Annual report of the Camel Specialist
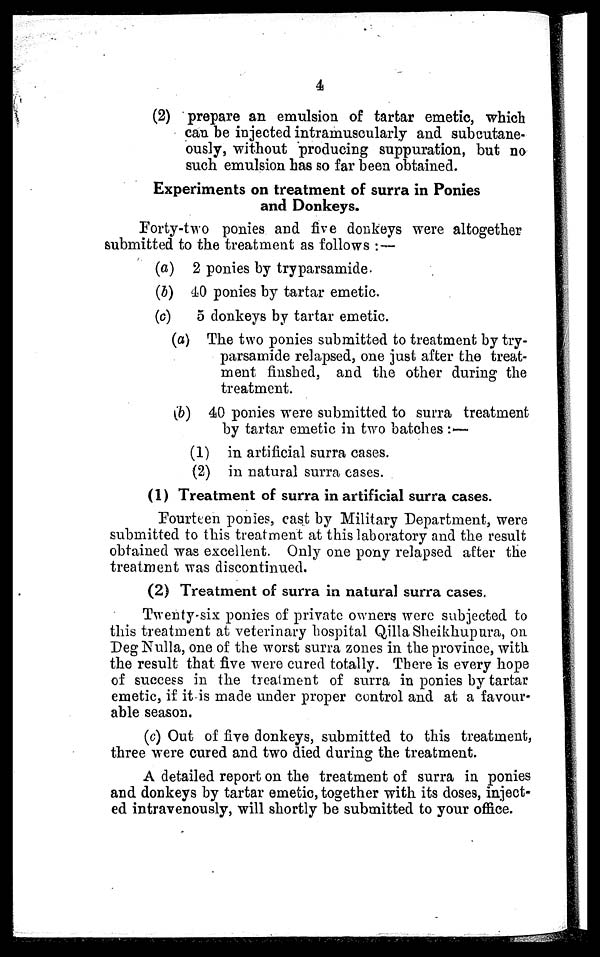
4
(2) prepare an emulsion of tartar emetic, which
can be injected intramuscularly and subcutane¬
ously, without producing suppuration, but no
such emulsion has so far been obtained.
Experiments on treatment of surra in Ponies
and Donkeys.
Forty-two ponies and five donkeys were altogether
submitted to the treatment as follows :—
(a) 2 ponies by tryparsamide.
(b) 40 ponies by tartar emetic.
(c)
5 donkeys by tartar emetic.
(a) The two ponies submitted to treatment by try-
parsamide relapsed, one just after the treat-
ment flushed, and the other during the
treatment.
(b) 40 ponies were submitted to surra treatment
by tartar emetic in two batches :—
(1) in artificial surra cases.
(2) in natural surra cases.
(1) Treatment of surra in artificial surra cases.
Fourteen ponies, cast by Military Department, were
submitted to this treatment at this laboratory and the result
obtained was excellent. Only one pony relapsed after the
treatment was discontinued.
(2) Treatment of surra in natural surra cases.
Twenty-six ponies of private owners were subjected to
this treatment at veterinary hospital Qilla Sheikhupura, on
Deg Nulla, one of the worst surra zones in the province, with
the result that five were cured totally. There is every hope
of success in the treatment of surra in ponies by tartar
emetic, if it is made under proper control and at a favour-
able season.
(c) Out of five donkeys, submitted to this treatment,
three were cured and two died during the treatment.
A detailed report on the treatment of surra in ponies
and donkeys by tartar emetic, together with its doses, inject-
ed intravenously, will shortly be submitted to your office.